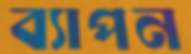
ব্যাপন